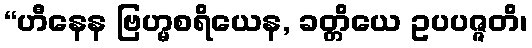
“ဟီနေန ဗြဟ္မစရိယေန, ခတ္တိယေ ဥပပဇ္ဇတိ၊